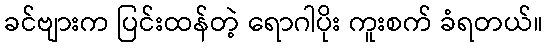
ခင်ဗျားက ပြင်းထန်တဲ့ ရောဂါပိုး ကူးစက် ခံရတယ်။